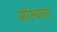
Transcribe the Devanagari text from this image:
मोस्चाता